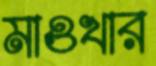
মাওখার